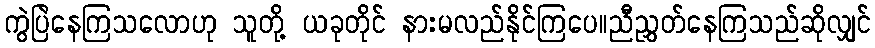
ကွဲပြဲနေကြသလောဟု သူတို့ ယခုတိုင် နားမလည်နိုင်ကြပေ။ညီညွှတ်နေကြသည်ဆိုလျှင်